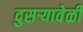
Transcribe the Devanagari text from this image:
दुसऱ्यावेळी